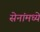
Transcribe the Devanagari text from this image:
सेनांमध्ये